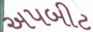
અપબીટ